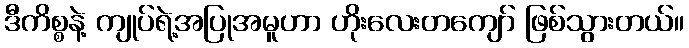
ဒီကိစ္စနဲ့ ကျုပ်ရဲ့အပြုအမူဟာ ဟိုးလေးတကျော် ဖြစ်သွားတယ်။